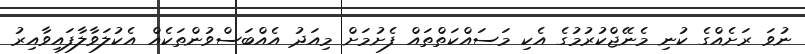
ނުވަ ރަށެއްގެ ކުނި މެނޭޖްކުރުމުގެ އެކި މަސައްކަތްތައް ފެށުމަށް މިއަދު އެއްބަސްވުންތަކެއް އެކުލަވާލާފައިވާއިރު